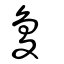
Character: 夐